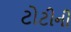
ટોટીની